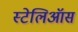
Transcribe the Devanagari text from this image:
स्टेलिऑस